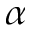
\alpha